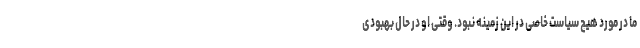
ما در مورد هیچ سیاست خاصی در این زمینه نبود. وقتی او در حال بهبودی